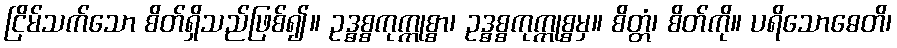
ငြိမ်သက်သော စိတ်ရှိသည်ဖြစ်၍။ ဥဒ္ဓစ္စကုက္ကုစ္စာ၊ ဥဒ္ဓစ္စကုက္ကုစ္စမှ။ စိတ္တံ၊ စိတ်ကို။ ပရိသောဓေတိ၊